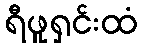
ရီဖူရှင်းထံ